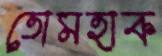
তোমহাক